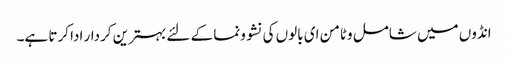
انڈوں میں شامل وٹامن ای بالوں کی نشوونما کے لئے بہترین کردار ادا کرتا ہے۔